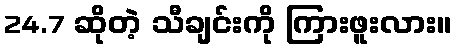
24.7 ဆိုတဲ့ သီချင်းကို ကြားဖူးလား။